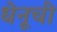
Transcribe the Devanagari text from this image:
धेनूची